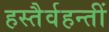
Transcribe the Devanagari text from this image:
हस्तैर्वहन्तीं